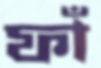
ফাঁ